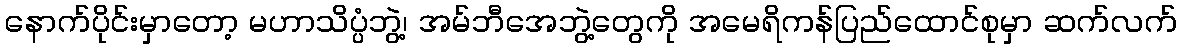
နောက်ပိုင်းမှာတော့ မဟာသိပ္ပံဘွဲ့၊ အမ်ဘီအေဘွဲ့တွေကို အမေရိကန်ပြည်ထောင်စုမှာ ဆက်လက်